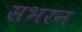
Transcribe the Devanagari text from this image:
सभरन